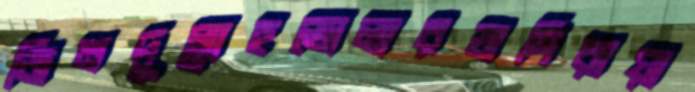
জিনদুল্লাহভোলারডাঙ্গিরায়া